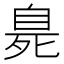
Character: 臰